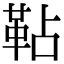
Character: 䩞